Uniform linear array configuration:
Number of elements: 4
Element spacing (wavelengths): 0.5
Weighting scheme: uniform
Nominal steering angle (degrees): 15
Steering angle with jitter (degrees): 14.358
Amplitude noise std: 0.05
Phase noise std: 0.05

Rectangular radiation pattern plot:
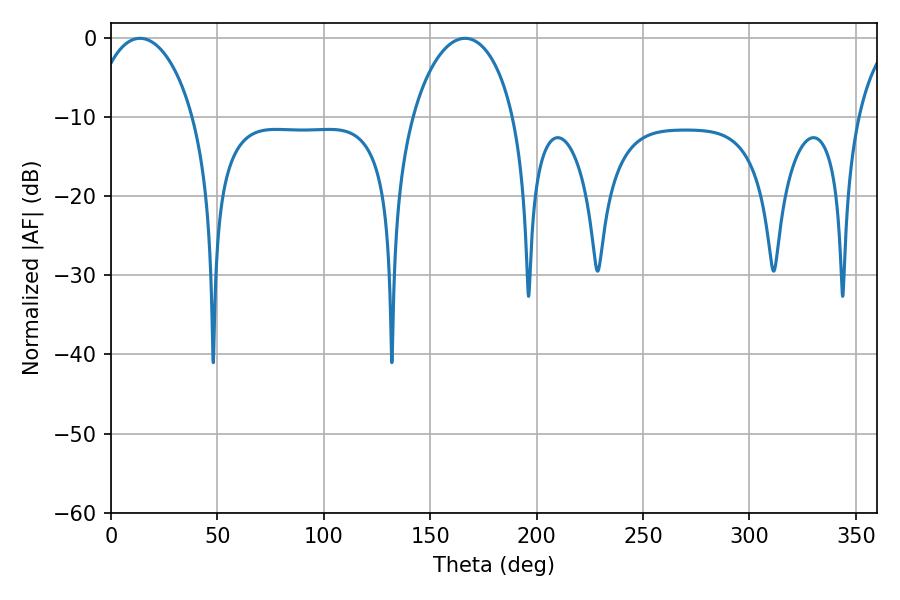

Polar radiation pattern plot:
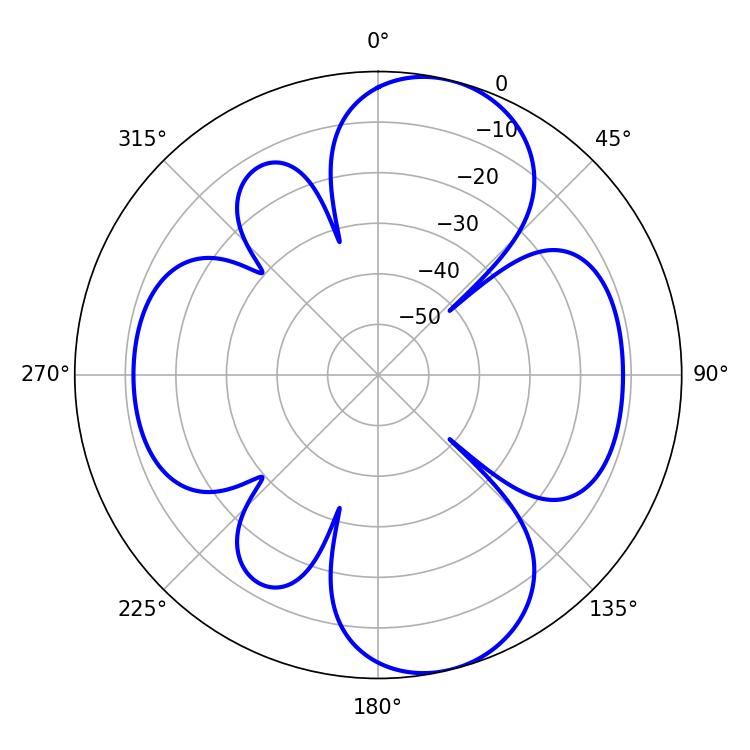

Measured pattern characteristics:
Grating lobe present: FALSE
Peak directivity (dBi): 9.319
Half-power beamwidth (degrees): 27.36
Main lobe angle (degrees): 13.68